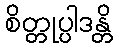
စိတ္တုပ္ပါဒန္တိ